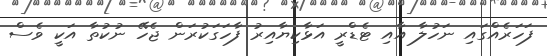
ފަހަރެއްގައި ނަހުލާ އާއި ޓެޑްރީ އަޅާކިޔާއިރު ފާހަގަކުރަން ޖެހޭ ނުކުތާ އަކީ ވެސް